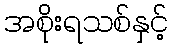
အစိုးရသစ်နှင့်